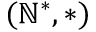
( \mathbb { N } ^ { * } , * )